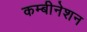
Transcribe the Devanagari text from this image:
कम्बीनेशन